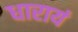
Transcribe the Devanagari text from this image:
धारायं